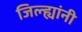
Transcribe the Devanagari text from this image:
जिल्ह्यांनी